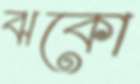
ঝকো